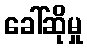
ခေါ်ဆိုမှု